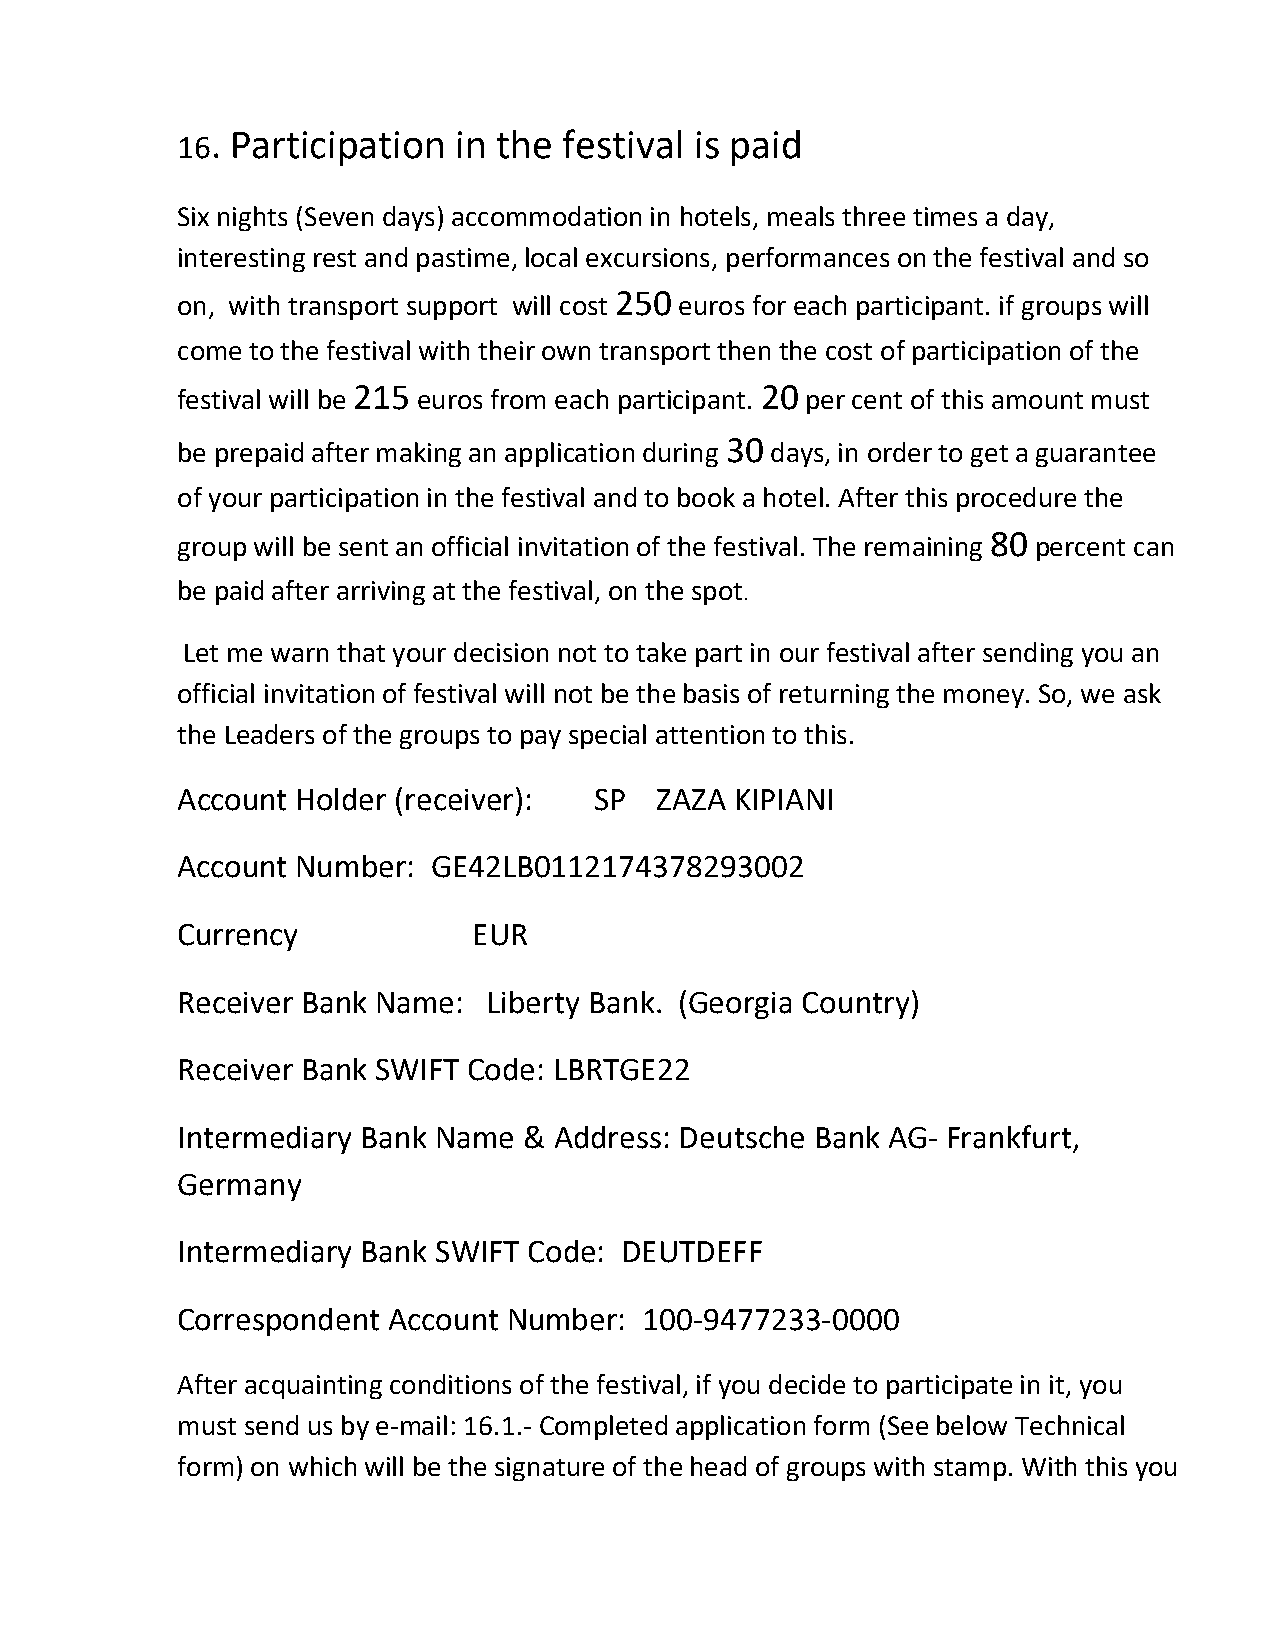
. Participation in the festival is paid
 16
 Six nights (Seven days) accommodation in hotels, meals three times a day,
 interesting rest and pastime, local excursions, performances on the festival and so
 on, with transport support will cost 250 euros for each participant. if groups will
 come to the festival with their own transport then the cost of participation of the
 festival will be 215 euros from each participant. 20 per cent of this amount must
 be prepaid after making an application during 30 days, in order to get a guarantee
 of your participation in the festival and to book a hotel. After this procedure the
 group will be sent an official invitation of the festival. The remaining 80 percent can
 be paid after arriving at the festival, on the spot.
 Let me warn that your decision not to take part in our festival after sending you an
 official invitation of festival will not be the basis of returning the money. So, we ask
 the Leaders of the groups to pay special attention to this.
 Account Holder (receiver): SP  ZAZA  KIPIANI
 Account Number:  GE42LB0112174378293002
 Currency           EUR
 Receiver Bank Name: Liberty Bank. (Georgia Country)
 Receiver Bank SWIFT Code: LBRTGE22
 Intermediary Bank Name & Address: Deutsche Bank AG- Frankfurt,
 Germany
 Intermediary Bank SWIFT Code: DEUTDEFF
 Correspondent Account Number:  100-9477233-0000
 After acquainting conditions of the festival, if you decide to participate in it, you
 must send us by e-mail: 16.1.- Completed application form (See below Technical
 form) on which will be the signature of the head of groups with stamp. With this you